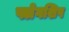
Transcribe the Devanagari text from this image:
फ्लेगशिप